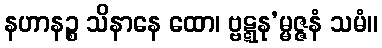
နဟာနဉ္စ သိနာနေ ထော၊ ဗ္ဗဋ္ဋနု’မ္မဇ္ဇနံ သမံ။